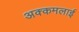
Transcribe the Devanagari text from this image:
अक्कमलाई